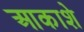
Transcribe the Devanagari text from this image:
आकाशे